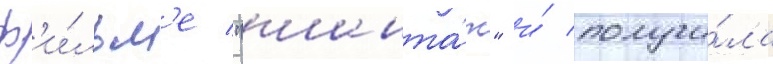
ф'и́льм'е "шанта́ж" и́ получи́ла